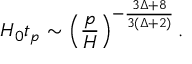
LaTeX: H _ { 0 } t _ { p } \sim \left( \frac { p } { H } \right) ^ { - \frac { 3 \Delta + 8 } { 3 ( \Delta + 2 ) } } .